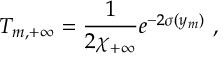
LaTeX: T _ { m , + \infty } = { \frac { 1 } { \displaystyle { 2 \chi _ { + \infty } } } } e ^ { - 2 \sigma ( y _ { m } ) } ~ , ~ \,